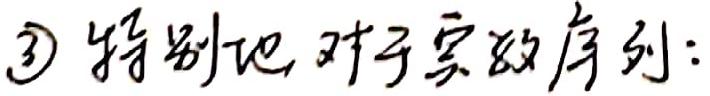
$\textcircled{3}$特别地，对于实数序列：